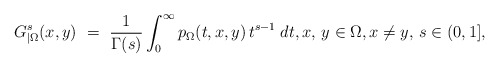
\begin{align*}G_{|\Omega}^s(x,y)\ =\ \frac1{\Gamma(s)}\int_0^\infty p_{\Omega}(t,x,y)\,t^{s-1}\;dt,x,\,y\in\Omega,x\neq y,\, s\in(0,1],\end{align*}